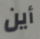
أين